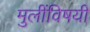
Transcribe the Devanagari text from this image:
मुलींविषयी